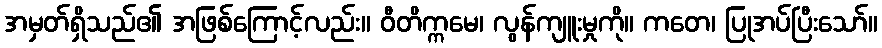
အမှတ်ရှိသည်၏ အဖြစ်ကြောင့်လည်း။ ဝီတိက္ကမေ၊ လွန်ကျူးမှုကို။ ကတေ၊ ပြုအပ်ပြီးသော်။